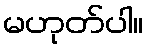
မဟုတ်ပါ။